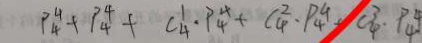
p _ { 4 } ^ { 4 } + p _ { 4 } ^ { 4 } + c _ { 4 } ^ { 1 } \cdot p _ { 4 } ^ { 4 } + c _ { 4 } ^ { 2 } \cdot p _ { 4 } ^ { 4 } + c _ { 4 } ^ { 3 } \cdot p _ { 4 } ^ { 4 }